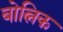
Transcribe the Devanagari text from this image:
बोत्निक